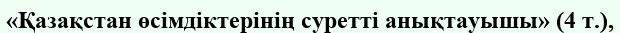
«Қазақстан өсімдіктерінің суретті анықтауышы» (4 т.),